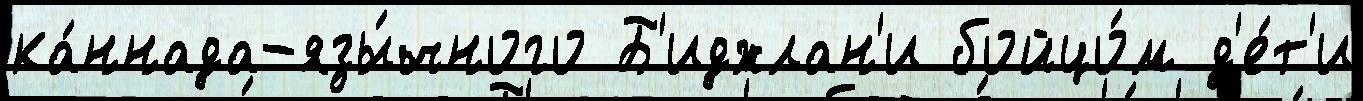
ка́ннада-язы́чного Б'иджлан'и бойцо́м д'е́т'и